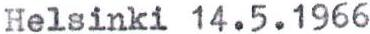
Helsinki 14.5.1966